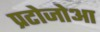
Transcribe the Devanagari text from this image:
प्रटोजोआ